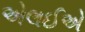
એલઈએ